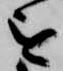
を